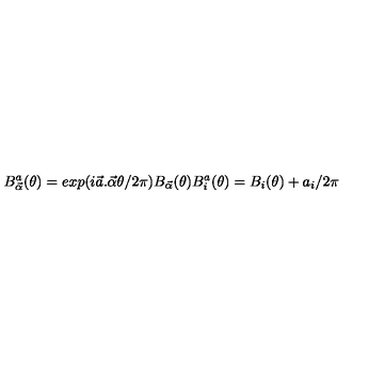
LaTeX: B _ { \vec { \alpha } } ^ { a } ( \theta ) = e x p ( i \vec { a } . \vec { \alpha } \theta / 2 \pi ) B _ { \vec { \alpha } } ( \theta ) B _ { i } ^ { a } ( \theta ) = B _ { i } ( \theta ) + a _ { i } / 2 \pi